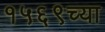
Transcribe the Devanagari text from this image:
१५६९च्या